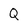
Character: Q